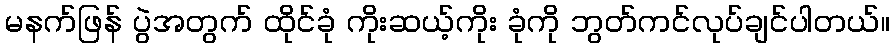
မနက်ဖြန် ပွဲအတွက် ထိုင်ခုံ ကိုးဆယ့်ကိုး ခုံကို ဘွတ်ကင်လုပ်ချင်ပါတယ်။